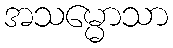
အသမ္မောသာ